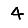
Digit: 4